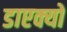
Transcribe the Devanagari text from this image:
डाएक्यो